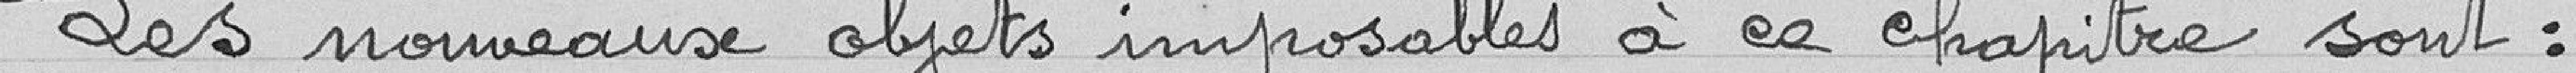
Les nouveaux objets imposables à ce chapitre sont :